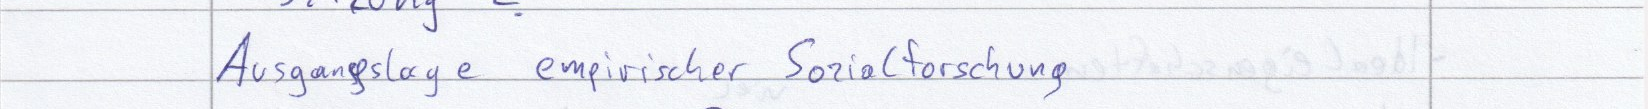
Ausgangslage empirischer Sozialforschung